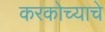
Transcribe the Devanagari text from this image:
करकोच्याचे